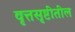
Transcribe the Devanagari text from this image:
वृत्तसृष्टीतील